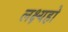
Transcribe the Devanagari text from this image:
लक्ष्यहो